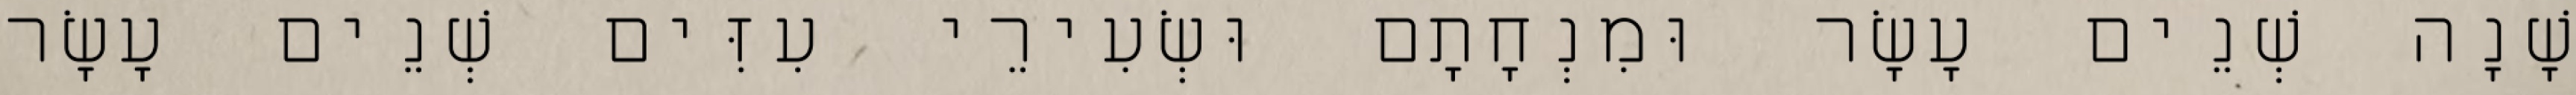
שָׁנָה שְׁנֵים עָשָׂר וּמִנְחָתָם וּשְׂעִירֵי עִזִּים שְׁנֵים עָשָׂר